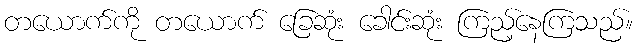
တယောက်ကို တယောက် ခြေဆုံး ခေါင်းဆုံး ကြည့်နေကြသည်။